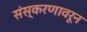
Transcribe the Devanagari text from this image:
संस्करणावरून